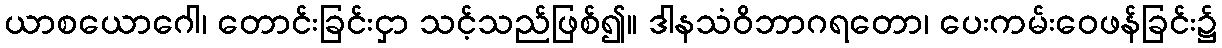
ယာစယောဂေါ၊ တောင်းခြင်းငှာ သင့်သည်ဖြစ်၍။ ဒါနသံဝိဘာဂရတော၊ ပေးကမ်းဝေဖန်ခြင်း၌